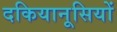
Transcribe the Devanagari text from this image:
दकियानूसियों